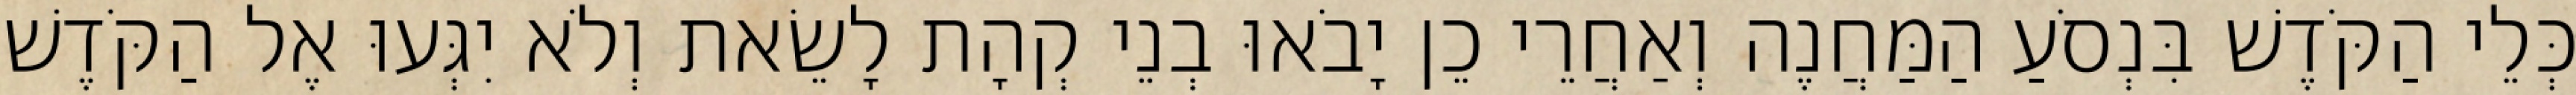
כְּלֵי הַקֹּדֶשׁ בִּנְסֹעַ הַמַּחֲנֶה וְאַחֲרֵי כֵן יָבֹאוּ בְנֵי קְהָת לָשֵׂאת וְלֹא יִגְּעוּ אֶל הַקֹּדֶשׁ